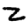
Digit: 2